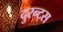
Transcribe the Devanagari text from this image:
दुरन्ट्स